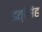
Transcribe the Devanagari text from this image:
इत्सिंह